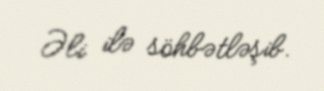
Əli ilə söhbətləşib.